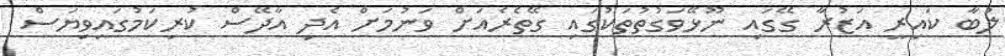
ލުބާ ކައިރީ އަޒުރާ ގޭގައި ނޫޅޭވަގުތުތަކުގައި ގޭތެރެއަށް ވަނުމަށް އެދި އާދޭސް ކުރިކަމުގައިވިޔަސް